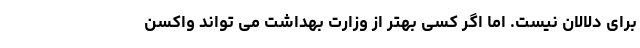
برای دلالان نیست. اما اگر کسی بهتر از وزارت بهداشت می تواند واکسن